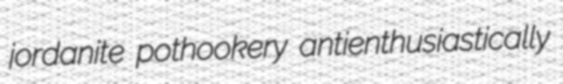
jordanite pothookery antienthusiastically